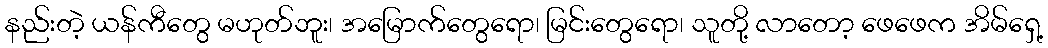
နည်းတဲ့ ယန်ကီတွေ မဟုတ်ဘူး၊ အမြောက်တွေရော၊ မြင်းတွေရော၊ သူတို့ လာတော့ ဖေဖေက အိမ်ရှေ့